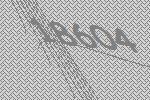
18604